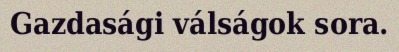
Gazdasági válságok sora.